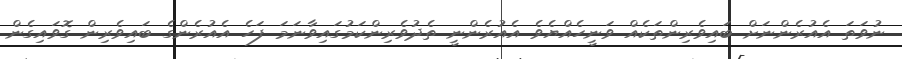
ނުވަތަ އެއުރެންނަށް ބައިވެރިންތަކެއް ވަނީހެއްޔެވެ އެއުރެންނީ ތެދުވެރިންކަމުގައިވާނަމަ ފަހެ އެއުރެންގެ ބައިވެރިން ގޮވައިގެން